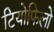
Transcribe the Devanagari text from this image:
टियोफिलो